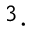
^ 3 \cdot